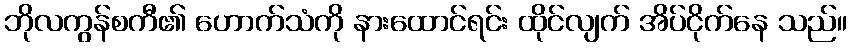
ဘိုလကွန်စကီ၏ ဟောက်သံကို နားထောင်ရင်း ထိုင်လျက် အိပ်ငိုက်နေ သည်။